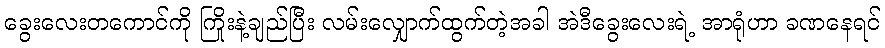
ခွေးလေးတကောင်ကို ကြိုးနဲ့ချည်ပြီး လမ်းလျှောက်ထွက်တဲ့အခါ အဲဒီခွေးလေးရဲ့ အာရုံဟာ ခဏနေရင်